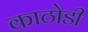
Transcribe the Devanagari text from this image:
काठोडी